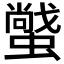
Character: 𧑼